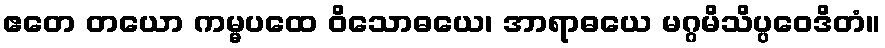
ဧတေ တယော ကမ္မပထေ ဝိသောဓယေ၊ အာရာဓယေ မဂ္ဂမိသိပ္ပဝေဒိတံ။